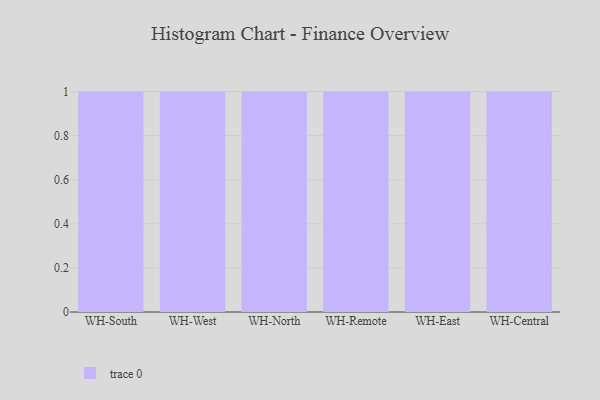
{"axis": {"x": "Warehouse", "y": "Operating Costs (USD K)"}, "legend": [""], "data": [{"x": "WH-South", "y": 23, "type": ""}, {"x": "WH-West", "y": 38, "type": ""}, {"x": "WH-North", "y": 46, "type": ""}, {"x": "WH-Remote", "y": 41, "type": ""}, {"x": "WH-East", "y": 53, "type": ""}, {"x": "WH-Central", "y": 95, "type": ""}]}